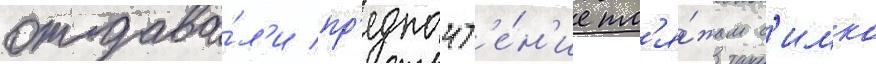
отдава́л'и пр'едпочт'е́н'ие пл'я́жам с'имко